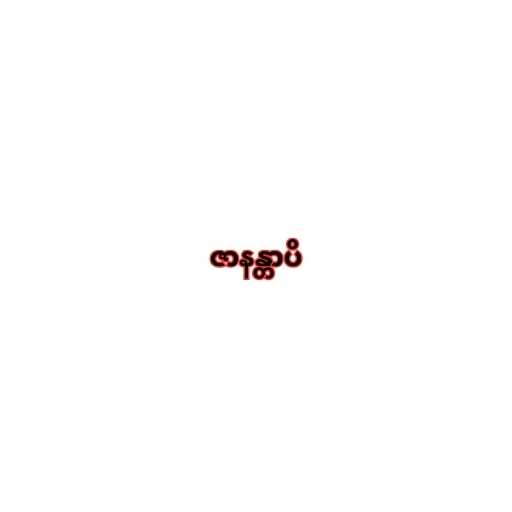
ဇာနန္တာပိ